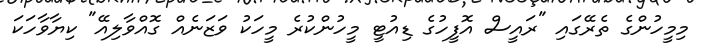
މިމީހުންގެ ތެރޭގައި "ރައީސް އޮފީހުގެ ޑިއުޓީ މީހުންކުރެ މީހަކު ވަޒަނެއް ގޮއްވާލިއޭ" ކިޔާވާހަކަ